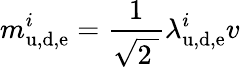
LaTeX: m_{\mathrm{u,d,e}}^{i}={\frac{1}{\sqrt{2\ }}}\lambda_{\mathrm{u,d,e}}^{i}v